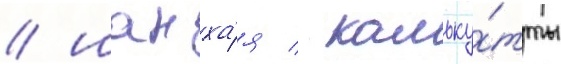
/ шанха́я / кальку́тты